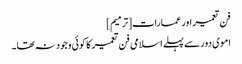
فن تعمیر اور عمارات[ترمیم]
اموی دور سے پہلے اسلامی فن تعمیر کا کوئی وجود نہ تھا۔